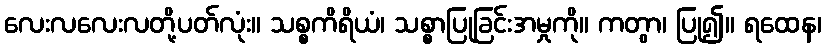
လေးလလေးလတို့ပတ်လုံး။ သစ္စကိရိယံ၊ သစ္စာပြုခြင်းအမှုကို။ ကတွာ၊ ပြု၍။ ရထေန၊